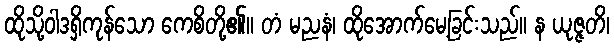
ထိုသို့ဝါဒရှိကုန်သော ကေစိတို့၏။ တံ မညနံ၊ ထိုအောက်မေ့ခြင်းသည်။ န ယုဇ္ဇတိ၊